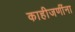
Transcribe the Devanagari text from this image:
काहीजणींना